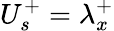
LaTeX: U_{s}^{+}=\lambda_{x}^{+}